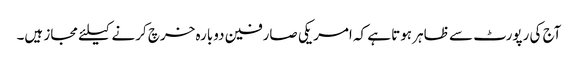
آج کی رپورٹ سے ظاہر ہوتا ہے کہ امریکی صارفین دوبارہ خرچ کرنے کیلئے مجاز ہیں۔